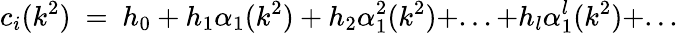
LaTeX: c_{i}(k^{2})~=~h_{0}+h_{1}\alpha_{1}(k^{2})+h_{2}\alpha_{1}^{2}(k^{2})+...+h_{l}\alpha_{1}^{l}(k^{2})+...